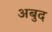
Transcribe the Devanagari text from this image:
अबुद